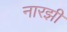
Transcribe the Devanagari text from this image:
नारझी